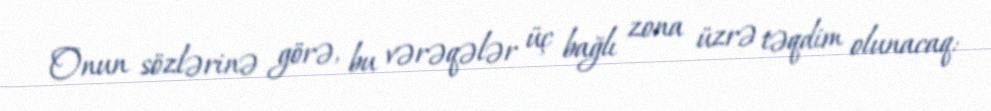
Onun sözlərinə görə, bu vərəqələr üç bağlı zona üzrə təqdim olunacaq: